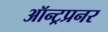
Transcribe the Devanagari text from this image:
ऑन्ट्रप्रनर